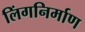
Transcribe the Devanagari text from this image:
लिंगनिर्माण